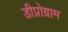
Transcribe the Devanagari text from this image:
डीप्रोग्राम